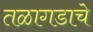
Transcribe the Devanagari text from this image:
तळागडाचे